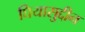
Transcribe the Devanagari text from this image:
घियासुद्दीन